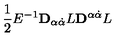
\frac { 1 } { 2 } E ^ { - 1 } { \bf D } _ { \alpha \dot { \alpha } } L { \bf D } ^ { \alpha \dot { \alpha } } L